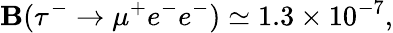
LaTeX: \mathbf{B}(\tau^{-}\to\mu^{+}e^{-}e^{-})\simeq1.3\times10^{-7},